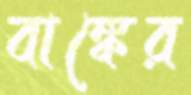
বাঙ্কের